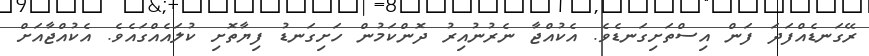
ރޭގަނޑެއްފަދަ ފަން އިސްތަށިގަނޑެވެ. އެކުއްޖާ ނެރުނުއިރު ދޮންކަމުން ހަށިގަނޑު ފިޔާތޮށި ކުލައެއްގައެވެ. އެކުއްޖާއަށް